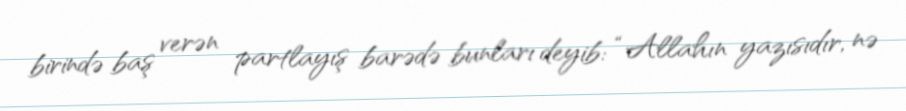
birində baş verən partlayış barədə bunları deyib: “Allahın yazısıdır, nə